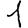
Digit: 1